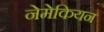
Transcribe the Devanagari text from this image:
नेमेकियन